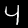
Label: 4